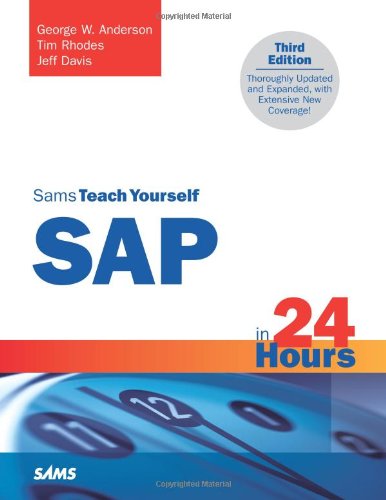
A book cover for Sams Teach Yourself SAP in 24 Hours (3rd Edition); George W. Anderson; Business & Money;